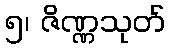
၅၊ ဇိဏ္ဏသုတ်